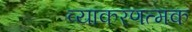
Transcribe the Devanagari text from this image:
व्याकरणत्मक